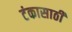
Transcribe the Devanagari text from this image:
टंकासाठी